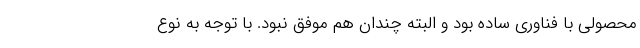
محصولی با فناوری ساده بود و البته چندان هم موفق نبود. با توجه به نوع